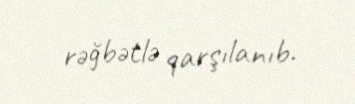
rəğbətlə qarşılanıb.